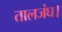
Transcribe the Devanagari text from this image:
तालजंघ।